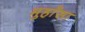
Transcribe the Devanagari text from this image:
मुहाँसा